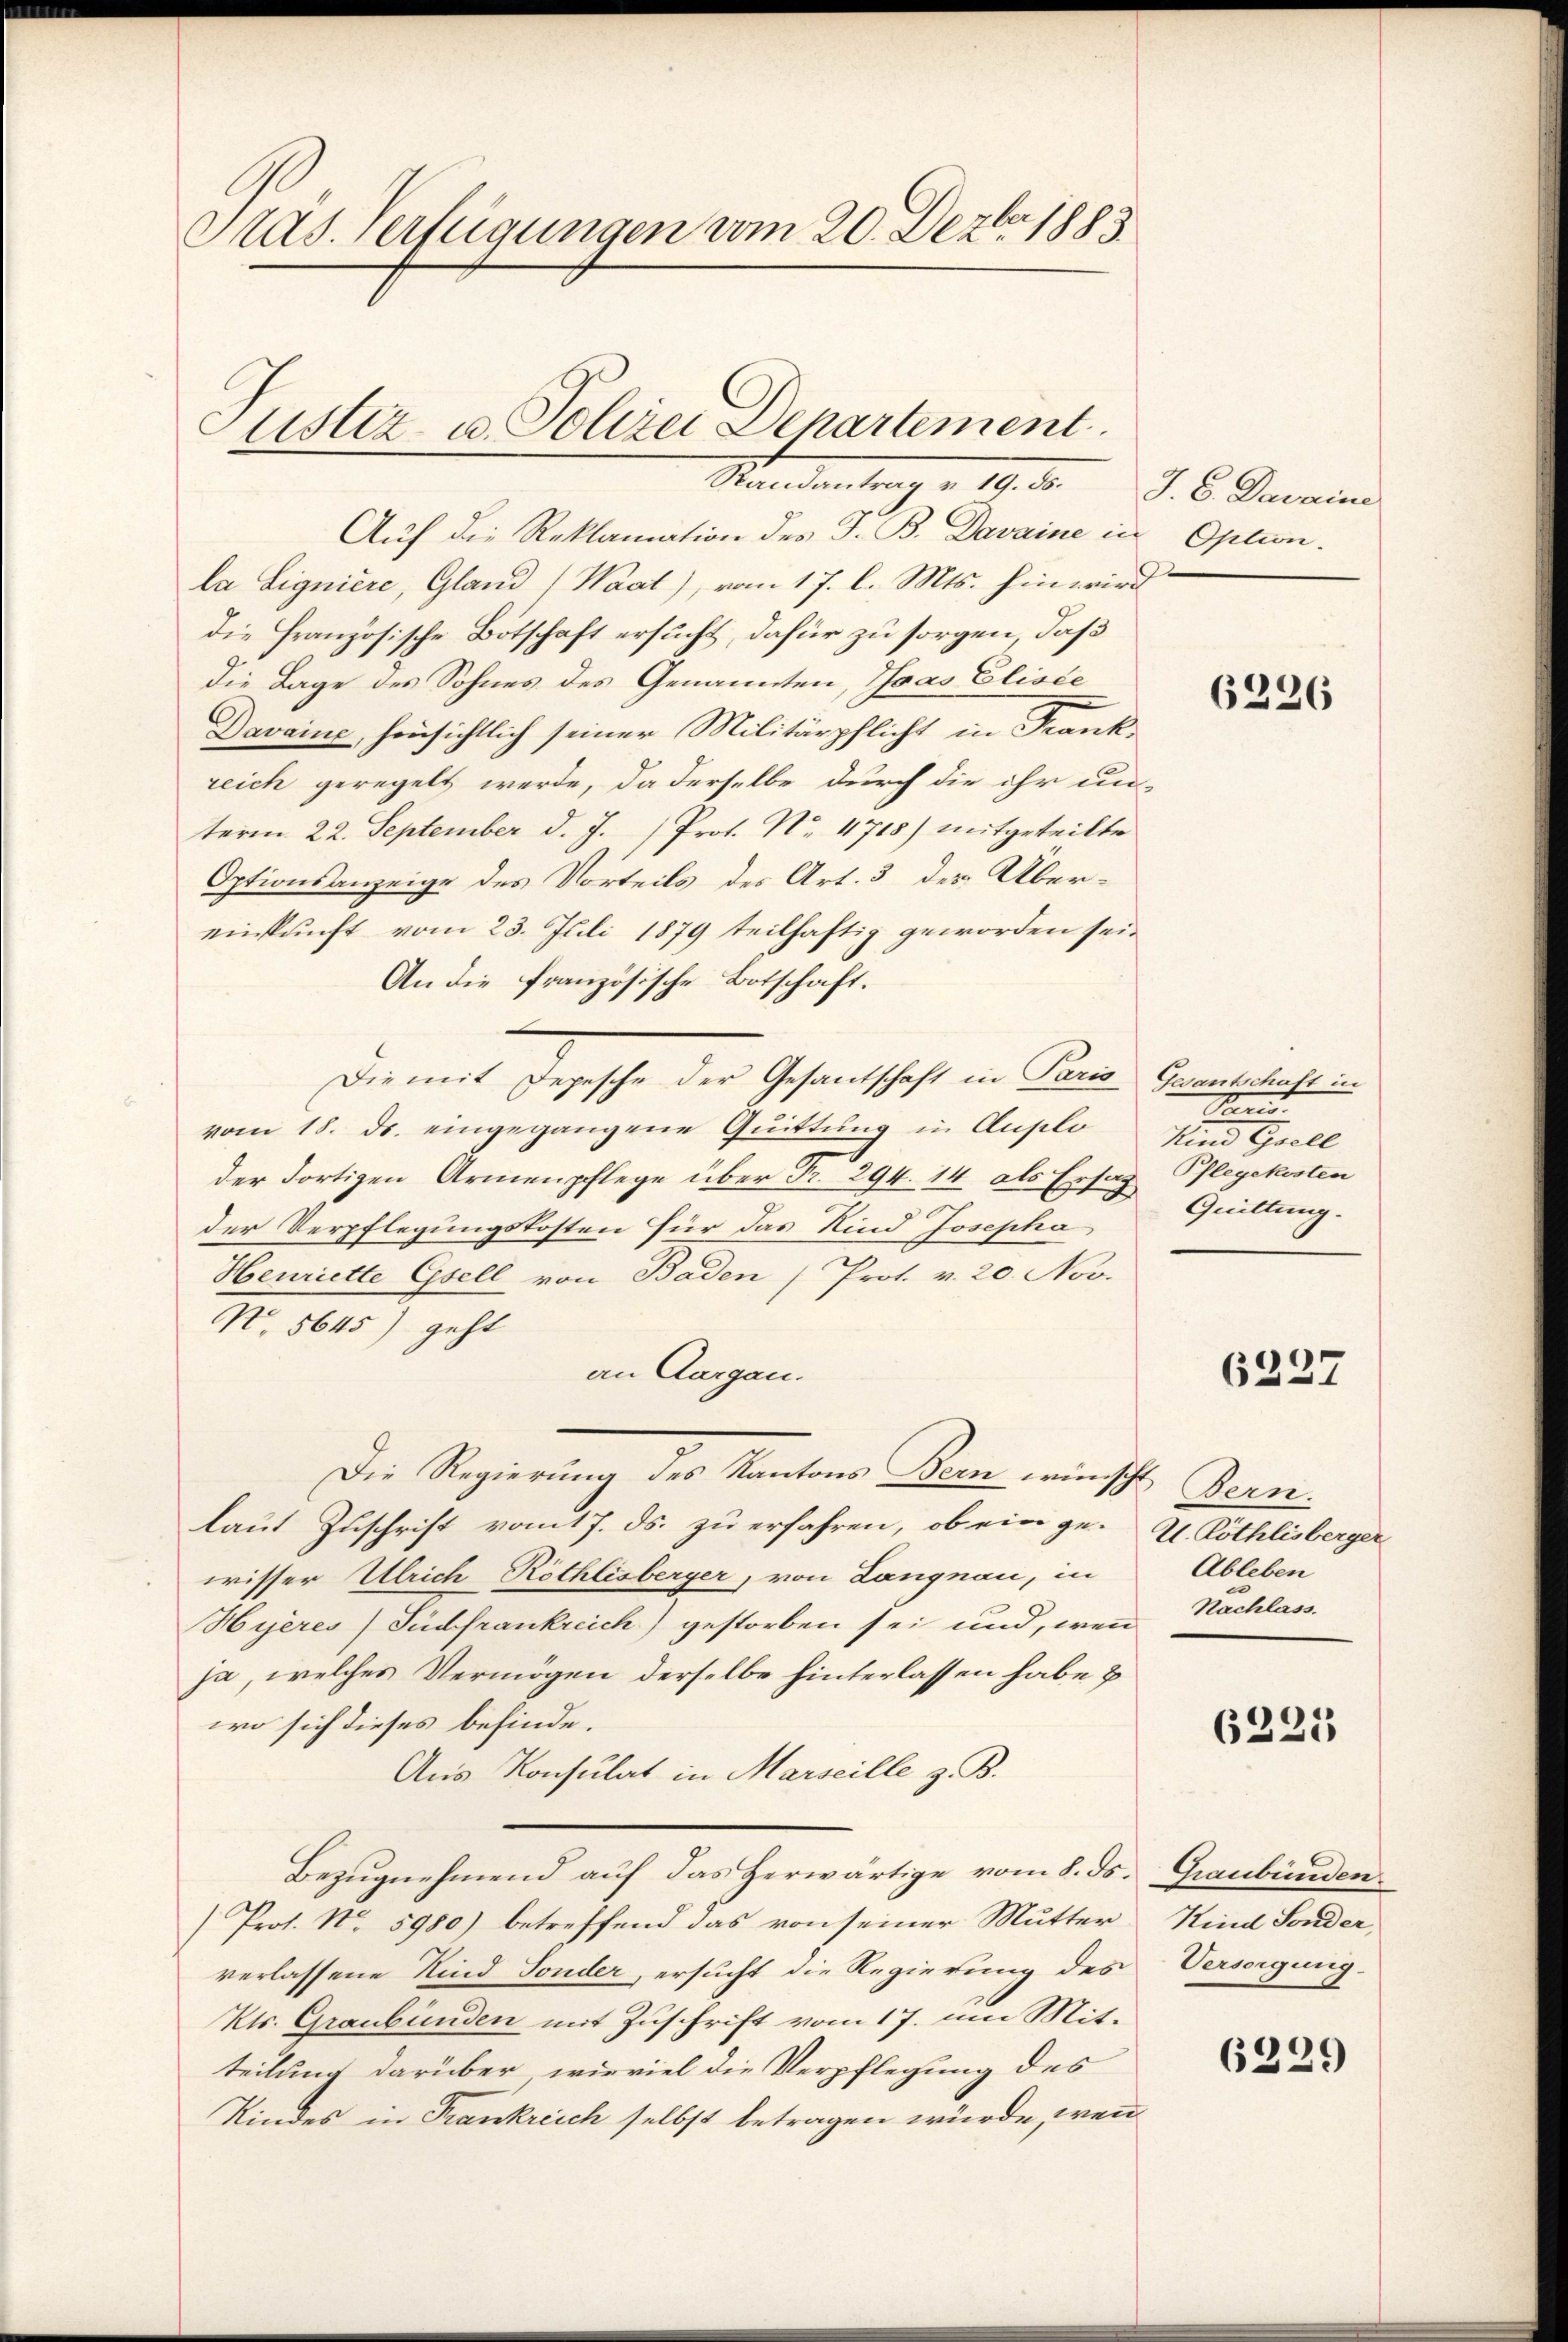
Stas. Verfügungen vom 20. Dezbr. 1883
Justiz- u. Polizei Departement

Standeantrag v. 19. d.

Auf die Reklamation des F. B. Davaine in Option.
la Ligniere, Gland (Waat), vom 17. l. Mts. hinwird
die französische Botschaft ersucht, dafür zu sorgen, daß
die Lage des Sohnes des Genannten, Toas Eliste
Davaine, hinsichtlich seiner Militärpflicht in Frankreich geregelt werde, da derselbe durch die ihr un-
term 22. September d. J. Prot. No. 4718) mitgeteilte
Optionsanzeige des Vorteils des Art. 3 des Übereinkunft vom 23. Juli 1879 teilhaftig geworden sei.
An die französische Botschaft.
Die mit Depesche der Gesantschaft in Paris
vom 18. ds. eingegangene Quittung in Duplo
der dortigen Armenpflege über Nr. 294. 14 als Ersag
der Verpflegungskosten für das Kind Josepha
Henriette Gesell von Baden Prot. v. 20. Nov.
N. 5645) geht
an Aargau.
Die Regierung des Kantons Bern wünscht Bern.
laut Zuschrift vom 17. ds. zu erfahren, ob ein ge-
wisser Ulrich Röthlisberger, von Langnau, in
Hyeres Südfrankreich) gestorben sei und, wenn Nachlass.
ja, welches Vermögen derselbe hinterlassen habe &
wo sich dieses befinde.
Aus Konsulat in Marseille z. B.
Bezŭgnehmend auf das Herwärtige vom 8. ds. Graubünden
Prot. No. 5980) betreffend das von seiner Mutter Kind Sonder,
verlassene Kind Sonder, ersucht die Regierung des Versorgung
Kts. Graubünden mit Zuschrift vom 17. um Mitteilung darüber wieviel die Verpflegung des
Kindes in Frankreich selbst betragen würde, wenn

J. C. Daseine

6226

Gesantschaft in
x
 reell
Pflegekosten
Quittung.

6227

U. Röthlisberger
Ableben

6221

6229